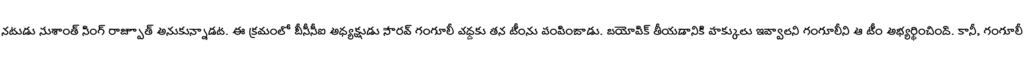
నటుడు సుశాంత్ సింగ్ రాజ్పూత్ అనుకున్నాడట. ఈ క్రమంలో బీసీసీఐ అధ్యక్షుడు సౌరవ్ గంగూలీ వద్దకు తన టీంను పంపించాడు. బయోపిక్ తీయడానికి హక్కులు ఇవ్వాలని గంగూలీని ఆ టీం అభ్యర్థించింది. కానీ, గంగూలీ